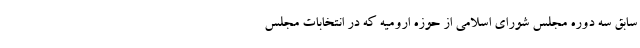
سابق سه دوره مجلس شورای اسلامی از حوزه ارومیه که در انتخابات مجلس